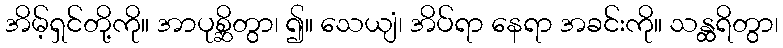
အိမ့်ရှင်တို့ကို။ အာပုစ္ဆိတွာ၊ ၍။ သေယျံ၊ အိပ်ရာ နေရာ အခင်းကို။ သန္ထရိတွာ၊